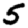
Digit: 5